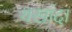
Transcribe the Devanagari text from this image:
यखांदा